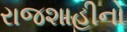
રાજશાહીનો